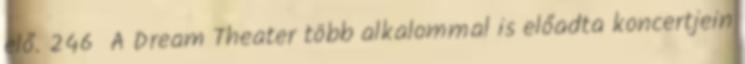
elő. 246 A Dream Theater több alkalommal is előadta koncertjein